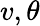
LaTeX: v,\theta